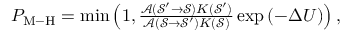
\begin{array} { r } { P _ { \mathrm { M \mathrm { - } H } } = \operatorname* { m i n } \left( 1 , \frac { \mathcal { A } ( \mathcal { S ^ { \prime } } \rightarrow \mathcal { S } ) K ( \mathcal { S ^ { \prime } } ) } { \mathcal { A } ( \mathcal { S } \rightarrow \mathcal { S ^ { \prime } } ) K ( \mathcal { S } ) } \exp \left( - \Delta U \right) \right) , } \end{array}